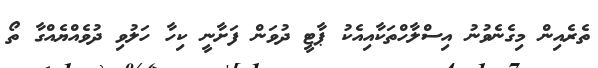
ތެރެއިން މިގެނެވުނު އިސްލާހްތަކާއިއެކު ޕާޓީ ދުވަން ފަށާނީ ކިހާ ހަލުވި ދުވެއްޔެއްގާ ތޯ